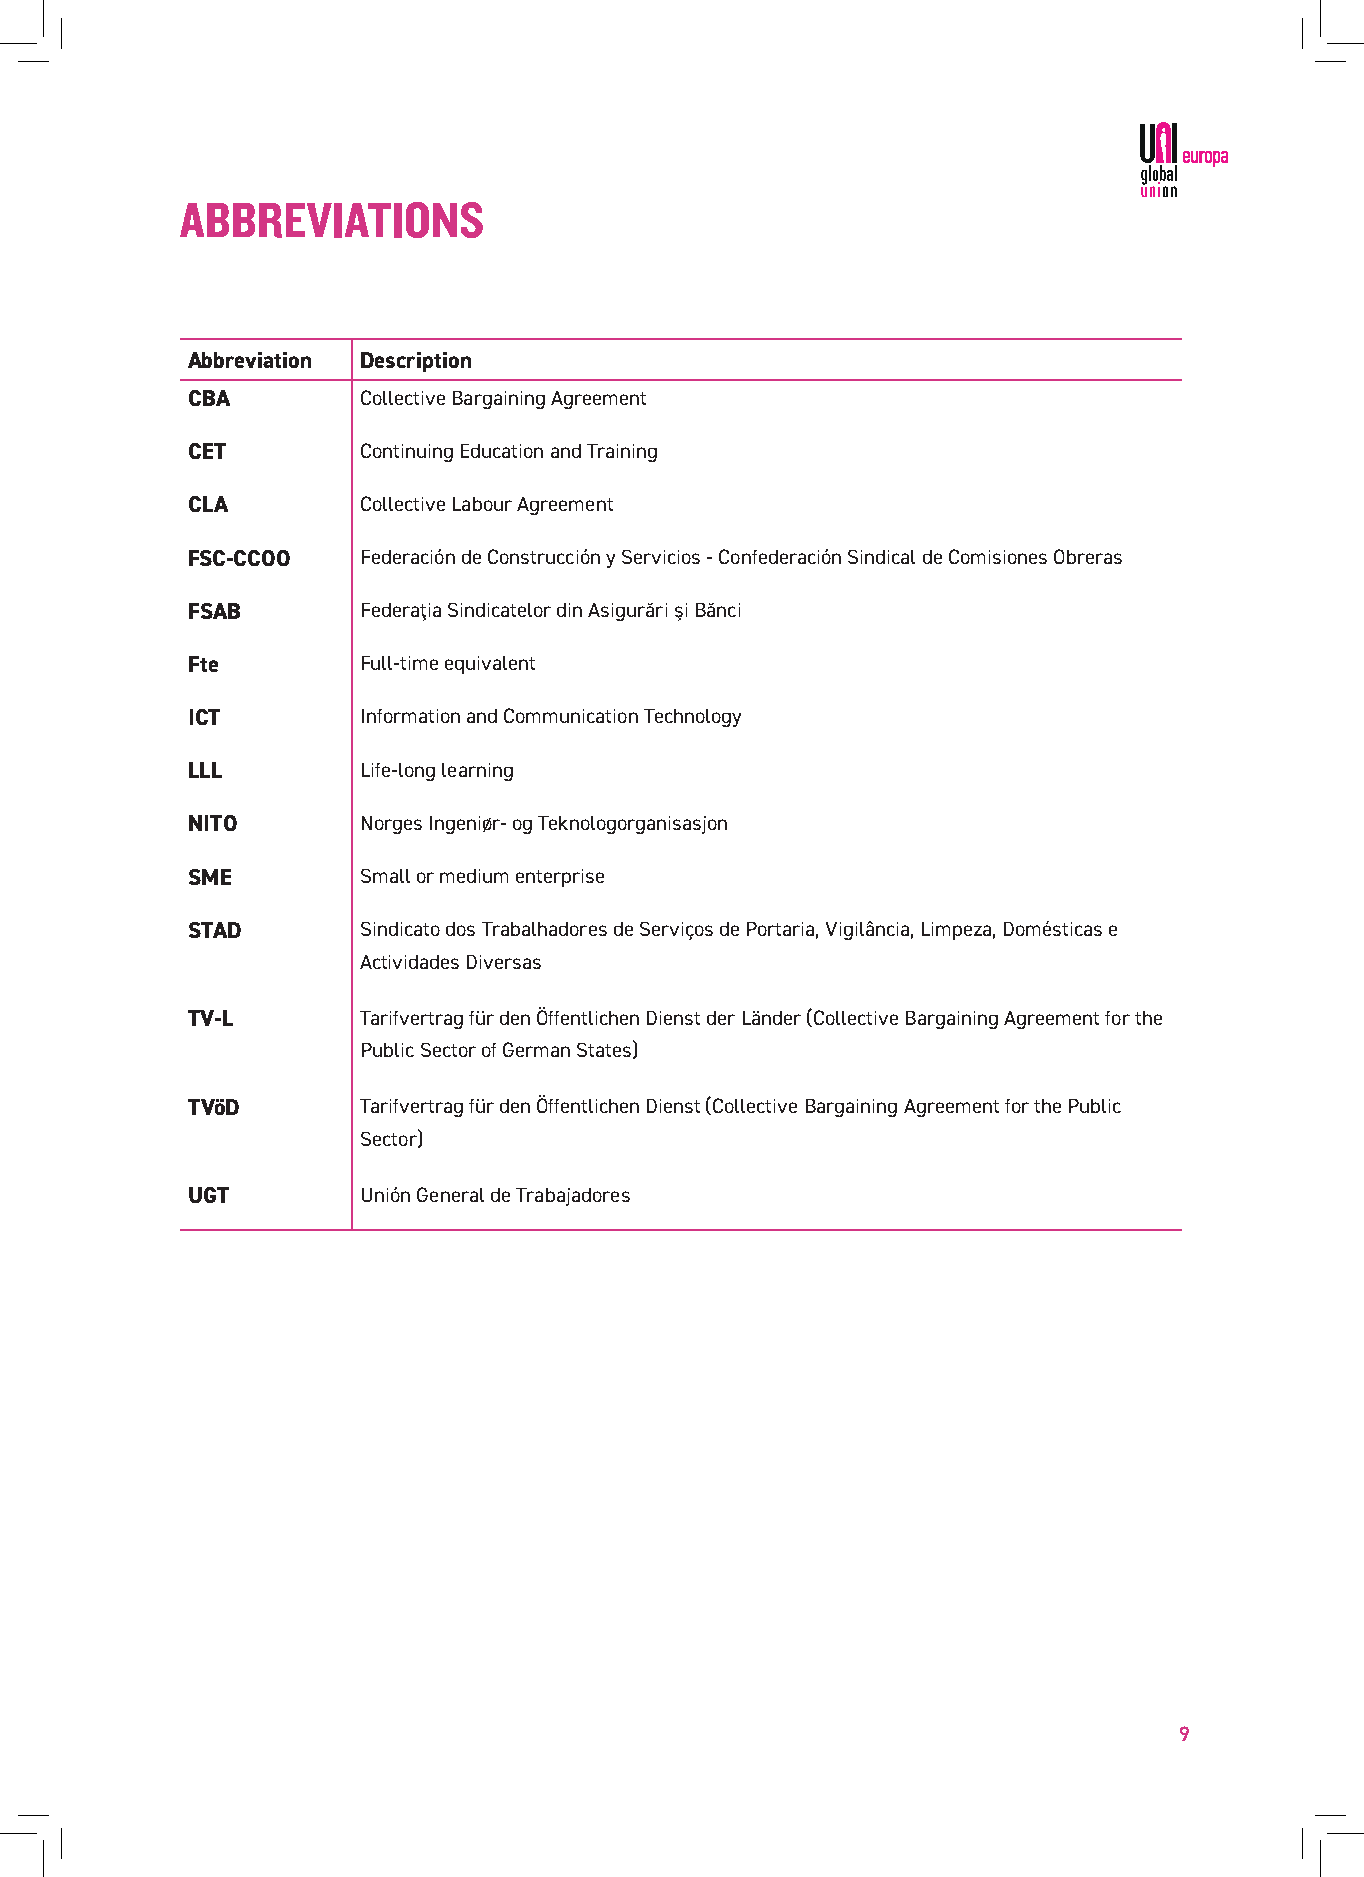
ABBREVIATIONS
 Abbreviation Description
 CBA         Collective Bargaining Agreement
 CET         Continuing Education and Training
 CLA         Collective Labour Agreement
 FSC-CCOO    Federación de Construcción y Servicios - Confederación Sindical de Comisiones Obreras
 FSAB        Federaţia Sindicatelor din Asigurări şi Bănci
 Fte         Full-time equivalent
 ICT         Information and Communication Technology
 LLL         Life-long learning
 NITO        Norges Ingeniør- og Teknologorganisasjon
 SME         Small or medium enterprise
 STAD        Sindicato dos Trabalhadores de Serviços de Portaria, Vigilância, Limpeza, Domésticas e
 Actividades Diversas
 TV-L        Tarifvertrag für den Öffentlichen Dienst der Länder (Collective Bargaining Agreement for the
 Public Sector of German States)
 TVöD        Tarifvertrag für den Öffentlichen Dienst (Collective Bargaining Agreement for the Public
 Sector)
 UGT         Unión General de Trabajadores
 9